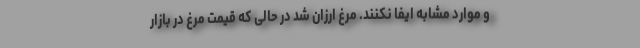
و موارد مشابه ایفا نکنند. مرغ ارزان‌ شد در حالی که قیمت مرغ در بازار